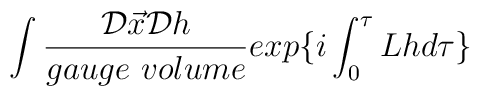
\int \frac{{\cal D}\vec{x}{\cal D}h}{gauge\  volume} exp\{ i\int_{0}^{\tau} Lhd\tau\}